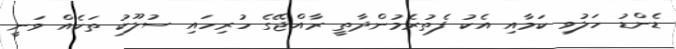
ޑެންޑު ހަލުވި ކަމާއި އެކު ފެތުރެމުންދާތީ ރާއްޖޭގެ ހުރިހައި ސުލޫކު ތަކެއް ވަނީ